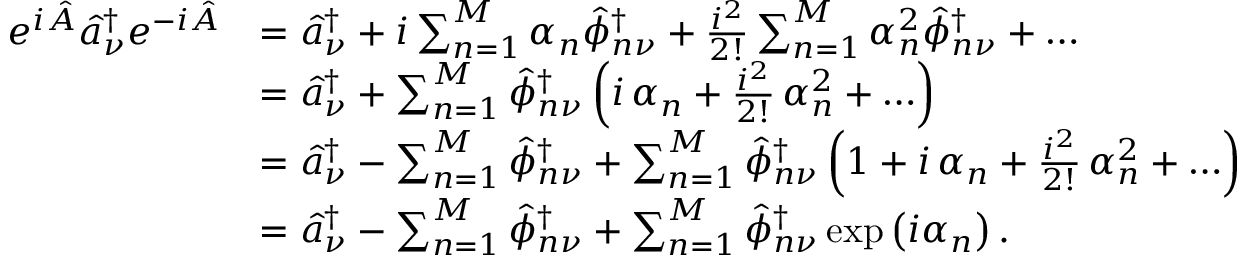
\begin{array} { r l } { e ^ { i \hat { A } } \hat { a } _ { \nu } ^ { \dagger } e ^ { - i \hat { A } } } & { = \hat { a } _ { \nu } ^ { \dagger } + i \sum _ { n = 1 } ^ { M } \alpha _ { n } \hat { \phi } _ { n \nu } ^ { \dagger } + \frac { i ^ { 2 } } { 2 ! } \sum _ { n = 1 } ^ { M } \alpha _ { n } ^ { 2 } \hat { \phi } _ { n \nu } ^ { \dagger } + \ldots } \\ & { = \hat { a } _ { \nu } ^ { \dagger } + \sum _ { n = 1 } ^ { M } \hat { \phi } _ { n \nu } ^ { \dagger } \left( i \, \alpha _ { n } + \frac { i ^ { 2 } } { 2 ! } \, \alpha _ { n } ^ { 2 } + \ldots \right) } \\ & { = \hat { a } _ { \nu } ^ { \dagger } - \sum _ { n = 1 } ^ { M } \hat { \phi } _ { n \nu } ^ { \dagger } + \sum _ { n = 1 } ^ { M } \hat { \phi } _ { n \nu } ^ { \dagger } \left( 1 + i \, \alpha _ { n } + \frac { i ^ { 2 } } { 2 ! } \, \alpha _ { n } ^ { 2 } + \ldots \right) } \\ & { = \hat { a } _ { \nu } ^ { \dagger } - \sum _ { n = 1 } ^ { M } \hat { \phi } _ { n \nu } ^ { \dagger } + \sum _ { n = 1 } ^ { M } \hat { \phi } _ { n \nu } ^ { \dagger } \exp \left( i \alpha _ { n } \right) . } \end{array}